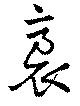
裛